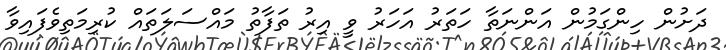
ދަށުން ހިންގަމުން އަންނަތާ ހަތަރު އަހަރު ވީ އިރު ތަފާތު މައްސަލަތައް ކުރިމަތިވެފައިވާ